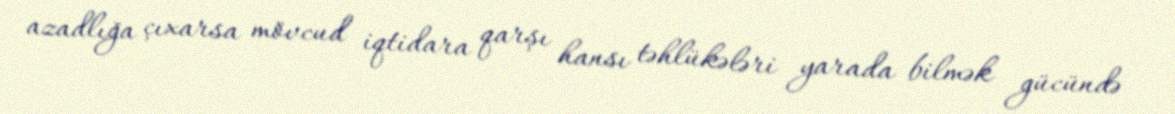
azadlığa çıxarsa mövcud iqtidara qarşı hansı təhlükələri yarada bilmək gücündə